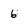
Character: 6